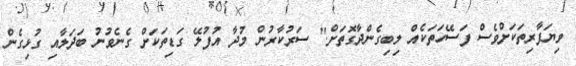
ވިޔަފާރިތަކަށްވެސް ފަސޭހަތަކެއް ލިބިގެންދާގޮތަށް." ސަރުކާރުން މުދާ އުފުލޭ ގަޑިތަކަށް ގެނެވުނު ބަދަލާއި ގުޅިގެން